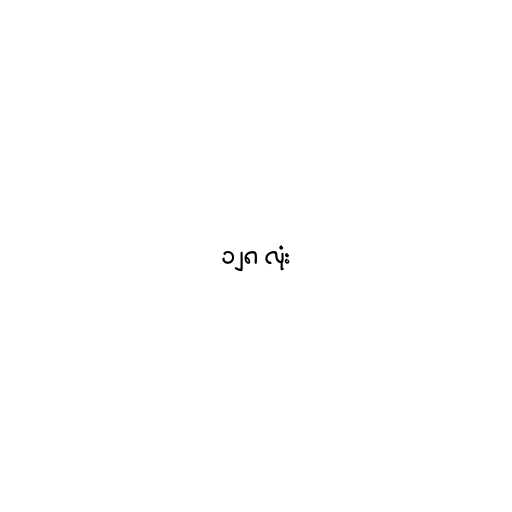
၁၂၈ လုံး